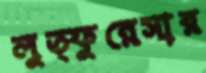
লুত্ফুন্নেসার